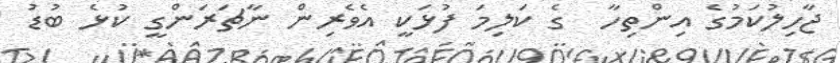
ޖާހިލުކަމުގެ އިންތިހާ  ގެ ކަލިމަ ފުޅަކީ އެވެރިން ނާޗަރަންގީ ކުޅެ ބުޑު